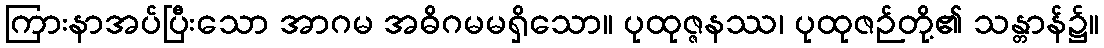
ကြားနာအပ်ပြီးသော အာဂမ အဓိဂမမရှိသော။ ပုထုဇ္ဇနဿ၊ ပုထုဇဉ်တို့၏ သန္တာန်၌။